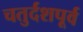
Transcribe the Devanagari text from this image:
चतुर्दशपूर्व